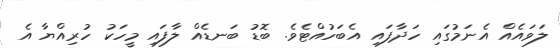
ލަވައެއް އެނަމުގައި ހަދާފައި އެބަހުއްޓެވެ. ބޮޑު ބަނޑެއް ލާފައި މީހަކު ހުރިއްޔާ އެ